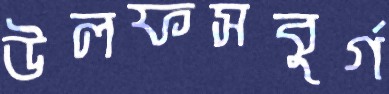
উলফসবুর্গ